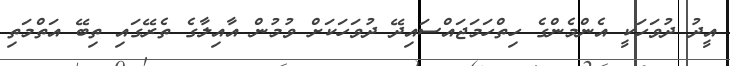
އީދު ދުވަހަކީ އެންމެންގެ ހިތްހަމަޖައްސައިދޭ ދުވަހަކަށް ވުމުން އާއިލާގެ ތެރޭގައި ތިބޭ އަތްމަތި